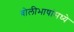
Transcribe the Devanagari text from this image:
बोलीभाषांमध्ये